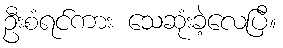
ဦးစံရင်ကား သေဆုံးခဲ့လေပြီ။